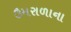
ઉમરાળાના